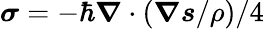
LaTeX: \boldsymbol{\sigma}=-\hbar\boldsymbol{\nabla}\cdot\left(\boldsymbol{\nabla}\boldsymbol{s}/\rho\right)/4